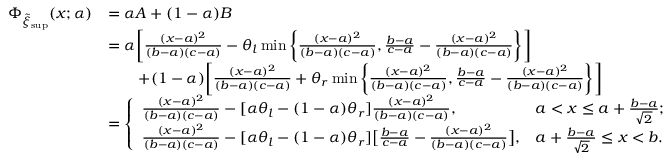
\begin{array} { r l } { \Phi _ { \tilde { \xi } _ { \operatorname* { s u p } } } ( x ; \alpha ) } & { = \alpha A + ( 1 - \alpha ) B } \\ & { = \alpha \bigg [ \frac { ( x - a ) ^ { 2 } } { ( b - a ) ( c - a ) } - \theta _ { l } \operatorname* { m i n } \bigg \{ \frac { ( x - a ) ^ { 2 } } { ( b - a ) ( c - a ) } , \frac { b - a } { c - a } - \frac { ( x - a ) ^ { 2 } } { ( b - a ) ( c - a ) } \bigg \} \bigg ] } \\ & { \qquad + ( 1 - \alpha ) \bigg [ \frac { ( x - a ) ^ { 2 } } { ( b - a ) ( c - a ) } + \theta _ { r } \operatorname* { m i n } \bigg \{ \frac { ( x - a ) ^ { 2 } } { ( b - a ) ( c - a ) } , \frac { b - a } { c - a } - \frac { ( x - a ) ^ { 2 } } { ( b - a ) ( c - a ) } \bigg \} \bigg ] } \\ & { = \left\{ \begin{array} { l l } { \frac { ( x - a ) ^ { 2 } } { ( b - a ) ( c - a ) } - [ \alpha \theta _ { l } - ( 1 - \alpha ) \theta _ { r } ] \frac { ( x - a ) ^ { 2 } } { ( b - a ) ( c - a ) } , } & { a < x \leq a + \frac { b - a } { \sqrt { 2 } } ; } \\ { \frac { ( x - a ) ^ { 2 } } { ( b - a ) ( c - a ) } - [ \alpha \theta _ { l } - ( 1 - \alpha ) \theta _ { r } ] \big [ \frac { b - a } { c - a } - \frac { ( x - a ) ^ { 2 } } { ( b - a ) ( c - a ) } \big ] , } & { a + \frac { b - a } { \sqrt { 2 } } \leq x < b . } \end{array} \right. } \end{array}